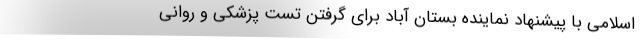
اسلامی با پیشنهاد نماینده بستان‌ آباد برای گرفتن تست پزشکی و روانی